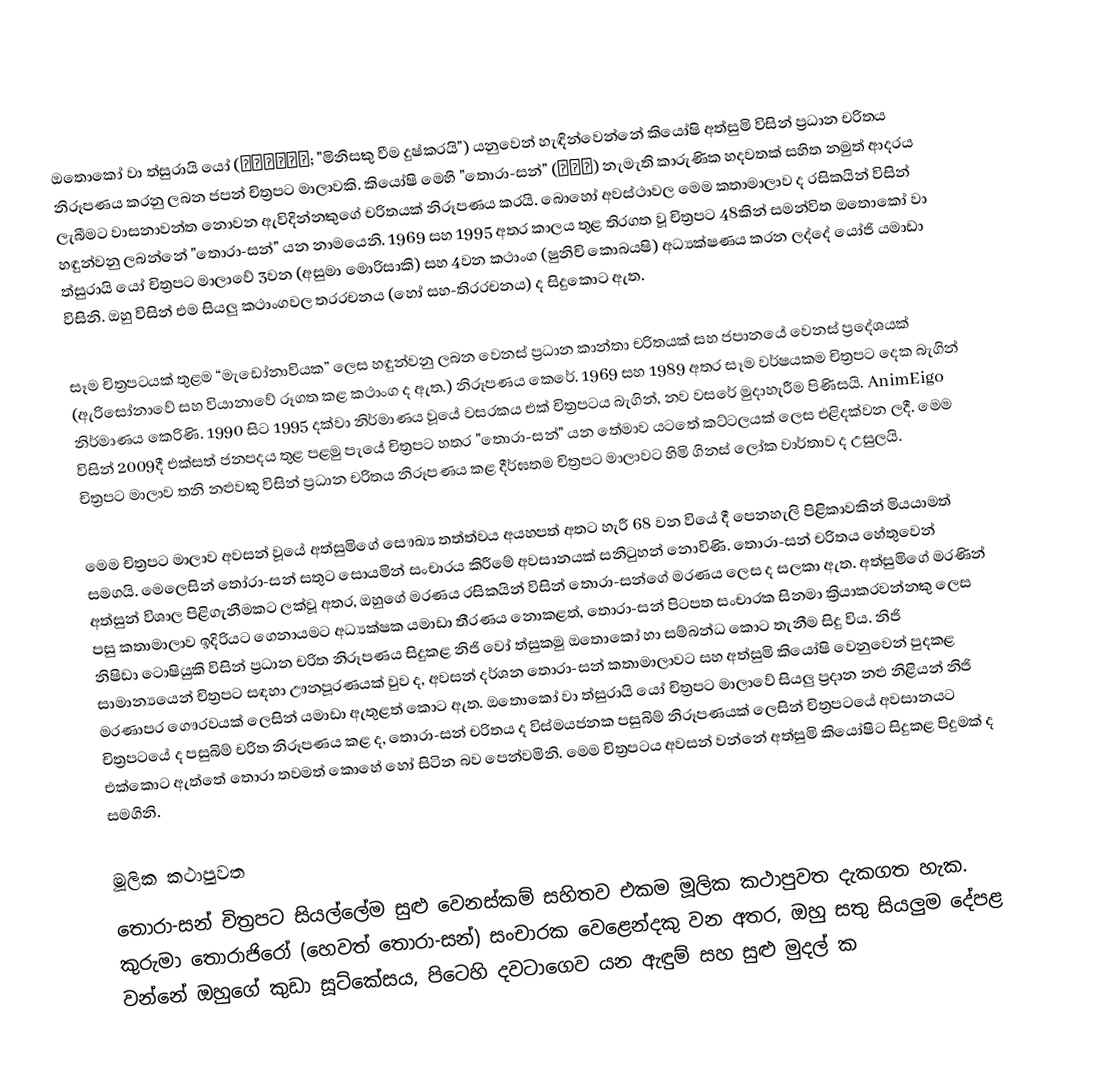
ඔ‍‍තොකෝ වා ත්සුරායි යෝ (男はつらいよ; "මිනිසකු වීම දුෂ්කරයි") යනු‍‍වෙන් හැඳින්වෙන්‍‍නේ කියෝෂි අත්සුමි විසින් ප්‍රධාන චරිතය නිරූපණය කරනු ලබන ජපන් චිත්‍රපට මාලාවකි. කියෝෂි මෙහි "තොරා-සන්" (寅さん) නැමැති කාරුණික හදවතක් සහිත නමුත් ආදරය ලැබීමට වාසනාවන්ත නොවන ඇවිදින්නකුගේ චරිතයක් නිරූපණය කරයි. බොහෝ අවස්ථාවල මෙම කතාමාලාව ද රසිකයින් විසින් හඳුන්වනු ලබන්නේ "තොරා-සන්" යන නාමයෙනි. 1969 සහ 1995 අතර කාලය තුළ තිරගත වූ චිත්‍රපට 48කින් සමන්විත ඔතොකෝ වා ත්සුරායි යෝ චිත්‍රපට මාලාවේ 3වන (අසුමා මොරිසාකි) සහ 4වන කථාංග (ෂුනිචි කොබයෂි) අධ්‍යක්ෂණය කරන ලද්දේ යෝජි යමාඩා විසිනි. ඔහු විසින් එම සියලු කථාංගවල තරරචනය (හෝ සහ-තිරරචනය) ද සිදුකොට ඇත.

සෑම චිත්‍රපටයක් තුළම “මැඩෝනාවියක” ලෙස හඳුන්වනු ලබන වෙනස් ප්‍රධාන කාන්තා චරිතයක් සහ ජපානයේ වෙනස් ප්‍රදේශයක් (ඇරිසෝනාවේ සහ වියානාවේ රූගත කළ කථාංග ද ඇත.) නිරූපණය කෙරේ. 1969 සහ 1989 අතර සෑම වර්ෂයකම චිත්‍රපට දෙක බැගින් නිර්මාණය කෙරිණි. 1990 සිට 1995 දක්වා නිර්මාණය වූයේ වසරකය එක් චිත්‍රපටය බැගින්, නව වසරේ මුදාහැරීම පිණිසයි. AnimEigo විසින් 2009දී එක්සත් ජනපදය තුළ පළමු පැයේ චිත්‍රපට හතර "තොරා-සන්" යන තේමාව යටතේ කට්ටලයක් ලෙස එළිදක්වන ලදී. මෙම චිත්‍රපට මාලාව තනි නළුවකු විසින් ප්‍රධාන චරිතය නිරූපණය කළ දීර්ඝතම චිත්‍රපට මාලාවට හිමි ගිනස් ලෝක වාර්තාව ද උසුලයි.

මෙම චිත්‍රපට මාලාව අවසන් වූයේ අත්සුමිගේ සෞඛ්‍ය තත්ත්වය අයහපත් අතට හැරී 68 වන වියේ දී පෙනහැලි පිළිකාවකින් මියයාමත් සමගයි. මෙලෙසින් තෝරා-සන් සතුට සොයමින් සංචාරය කිරීමේ අවසානයක් සනිටුහන් නොවිණි. තොරා-සන් චරිතය හේතුවෙන් අත්සුන් විශාල පිළිගැනීමකට ලක්වූ අතර, ඔහුගේ මරණය රසිකයින් විසින් තොරා-සන්ගේ මරණය ලෙස ද සලකා ඇත. අත්සුමිගේ මරණින් පසු කතාමාලාව ඉදිරියට ගෙනායමට අධ්‍යක්ෂක යමාඩා තීරණය නොකළත්, තොරා-සන් පිටපත සංචාරක සිනමා ක්‍රියාකරවන්නකු ලෙස නිෂිඩා ටොෂියුකි විසින් ප්‍රධාන චරිත නිරූපණය සිදුකළ නිජි වෝ ත්සුකමු ඔතොකෝ හා සම්බන්ධ කොට තැනීම සිදු විය. නිජි සාමාන්‍යයෙන් චිත්‍රපට සඳහා ඌනපූරණයක් වුව ද, අවසන් දර්ශන තොරා-සන් කතාමාලාවට සහ අත්සුමි කියෝෂි වෙනුවෙන් පුදකළ මරණාපර ගෞරවයක් ලෙසින් යමාඩා ඇතුළත් කොට ඇත. ඔතොකෝ වා ත්සුරායි යෝ චිත්‍රපට මාලාවේ සියලු ප්‍රදාන නළු නිළියන් නිජි චිත්‍රපටයේ ද පසුබිම් චරිත නිරූපණය කළ ද, තොරා-සන් චරිතය ද විස්මයජනක පසුබිම් නිරූපණයක් ලෙසින් චිත්‍රපටයේ අවසානයට එක්කොට ඇත්තේ තොරා තවමත් කොහේ හෝ සිටින බව පෙන්වමිනි. මෙම චිත්‍රපටය අවසන් වන්නේ අත්සුමි කියෝෂිට සිදුකළ පිදුමක් ද සමගිනි.

මූලික කථාපුවත
තොරා-සන් චිත්‍රපට සියල්ලේම සුළු වෙනස්කම් සහිතව එකම මූලික කථාපුවත දැකගත හැක. කුරුමා තොරාජිරෝ (හෙවත් තොරා-සන්) සංචාරක වෙළෙන්දකු වන අතර, ඔහු සතු සියලුම දේපළ වන්නේ ඔහුගේ කුඩා සූට්කේසය, පිටෙහි දවටාගෙව යන ඇඳුම් සහ සුළු මුදල් ක